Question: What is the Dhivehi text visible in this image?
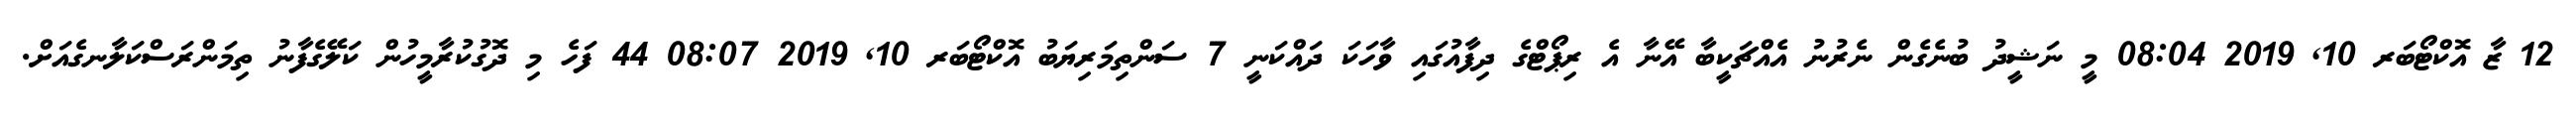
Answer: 12 ޒާ އޮކްޓޯބަރ 10, 2019 08:04 މީ ނަޝީދު ބުނެގެން ނެރުނު އެއްޗަކީބާ އޭނާ އެ ރިޕޯޓްގެ ދިފާއުގައި ވާހަކަ ދައްކަނީ 7 ސަންތިމަރިޔަބު އޮކްޓޯބަރ 10, 2019 08:07 44 ފަހެ މި ދޮގުކުރާމީހުން ކަލޭގެފާނު ތިމަންރަސްކަލާނގެއަށް.